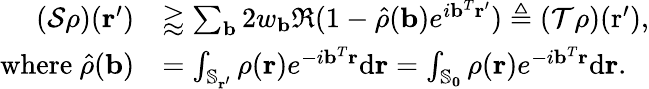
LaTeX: \begin{array}{rl}{(\mathcal{S}\rho)(\mathbf{r}^{\prime})}&{\gtrapprox\sum_{\mathbf{b}}2w_{\mathbf{b}}\Re(1-\hat{\rho}(\mathbf{b})e^{i\mathbf{b}^{T}\mathbf{r}^{\prime}})\triangleq(\mathcal{T}\rho)(\mathrm{r}^{\prime}),}\\ {\mathrm{where~}\hat{\rho}(\mathbf{b})}&{=\int_{\mathbb{S}_{\mathbf{r}^{\prime}}}\rho(\mathbf{r})e^{-i\mathbf{b}^{T}\mathbf{r}}\mathrm{d}\mathbf{r}=\int_{\mathbb{S}_{\mathbf{0}}}\rho(\mathbf{r})e^{-i\mathbf{b}^{T}\mathbf{r}}\mathrm{d}\mathbf{r}.}\end{array}